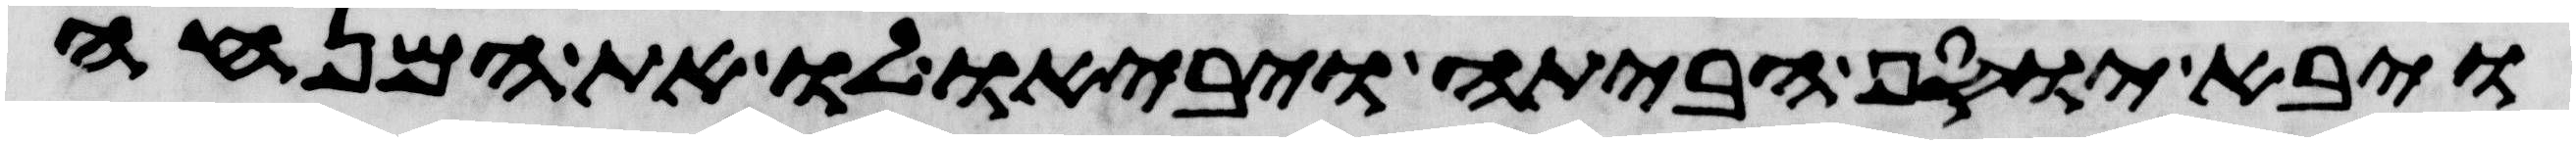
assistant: ויבא יוסף הביתה ויביאו לו את המנחה